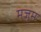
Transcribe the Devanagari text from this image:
मजूम